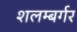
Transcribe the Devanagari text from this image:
शलम्बर्गर